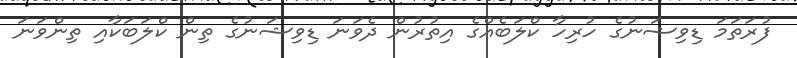
ފުރަތަމަ ޑިވިޝަނުގެ ހުރިހާ ކްލަބެއްގެ އިތުރުން ދެވަނަ ޑިވިޝަނުގެ ތިން ކްލަބަކާއި ތިންވަނަ